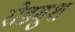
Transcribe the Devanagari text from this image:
रोडबुश